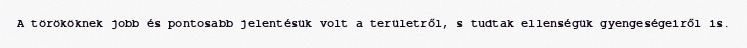
A törököknek jobb és pontosabb jelentésük volt a területről, s tudtak ellenségük gyengeségeiről is.